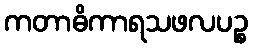
ကတာဓိကာရသဖလပဉ္စ